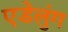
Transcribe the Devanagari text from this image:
एडेलुंग